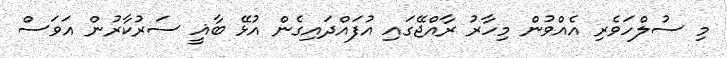
މި ސުލްހަވެރި އެއްވުން މިހާރު ރާއްޖޭގައި އުފައްދައިގެން އުޅޭ ބާޣީ ސަރުކާރުން އަވަސް